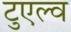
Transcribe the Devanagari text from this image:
टुएल्व